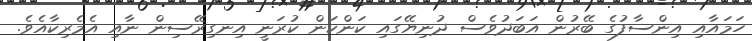
ހަމައާއި އިންސާފުގެ ބޭރުން އަބަދުވެސް ދުނިޔޭގައި ކަންކަން ކުރަނީ އިނގިރޭސިން ނާއި އެމެރިކާއެވެ.